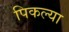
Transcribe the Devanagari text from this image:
पिकल्या